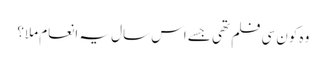
وہ کون سی فلم تھی جسے اس سال یہ انعام ملا؟